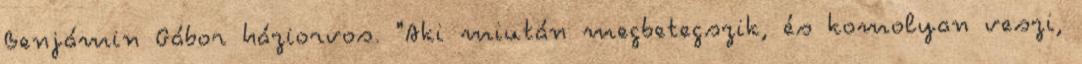
Benjámin Gábor háziorvos. "Aki miután megbetegszik, és komolyan veszi,